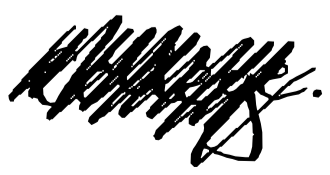
Text: College.
Cross-out: scratch
Writing tool: digital_black